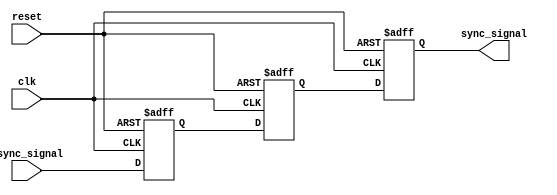
module triple_ff_synchronizer (
    input wire clk,            // Clock signal
    input wire reset,          // Asynchronous reset signal
    input wire async_signal,    // Asynchronous input signal
    output reg sync_signal      // Synchronized output signal
);

    // Internal signals for the flip-flops
    reg sync_signal_1;
    reg sync_signal_2;

    // Sequential logic for the triple flip-flops
    always @(posedge clk or posedge reset) begin
        if (reset) begin
            // Reset all flip-flops to a known state
            sync_signal_1 <= 1'b0;
            sync_signal_2 <= 1'b0;
            sync_signal   <= 1'b0;
        end else begin
            // Capture the async_signal in the first flip-flop
            sync_signal_1 <= async_signal;
            // Capture the output of the first flip-flop in the second flip-flop
            sync_signal_2 <= sync_signal_1;
            // Capture the output of the second flip-flop in the third flip-flop
            sync_signal   <= sync_signal_2;
        end
    end

endmodule